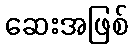
ဆေးအဖြစ်